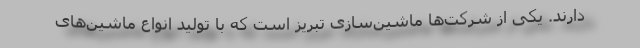
دارند. یکی از شرکت‌ها ماشین‌سازی تبریز است که با تولید انواع ماشین‌های